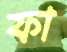
ফা